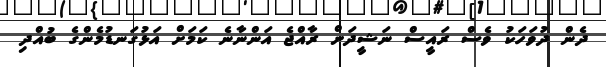
ދެން ދުވަހަކު ވެސް ރައީސް ނަޝީދަށް ރާއްޖެ އަންނާނެ ކަމަށް އަޅުގަނޑުމެންގެ ބުއްދި